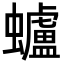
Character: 蠦